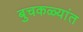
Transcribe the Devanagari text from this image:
बुचकळ्यांत